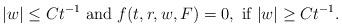
LaTeX: \begin{align*} |w| \leq Ct^{-1} \ \textrm{and} \ f(t,r,w,F) =0, \ \textrm{if} \ |w| \geq Ct^{-1}.\end{align*}